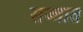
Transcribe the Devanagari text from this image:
सज्जात